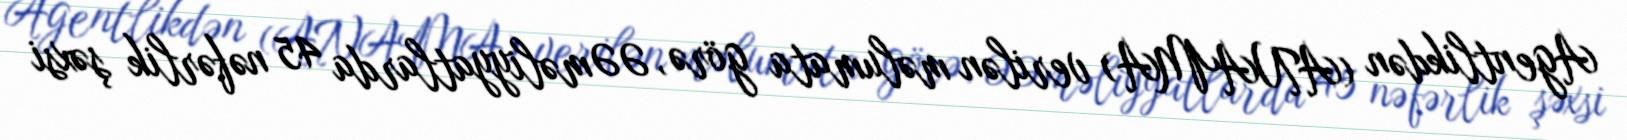
Agentlikdən (ANAMA) verilən məlumata görə, ƏƏməliyyatlarda 45 nəfərlik şəxsi